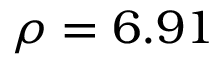
\rho = 6 . 9 1 \